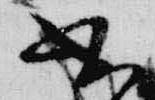
書